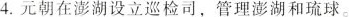
4.元朝在澎湖设立巡检司，管理澎湖和琉球。